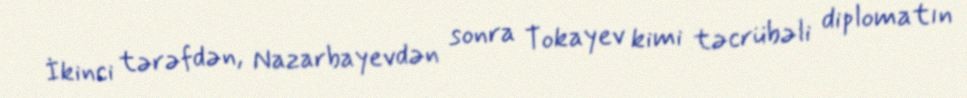
İkinci tərəfdən, Nazarbayevdən sonra Tokayev kimi təcrübəli diplomatın